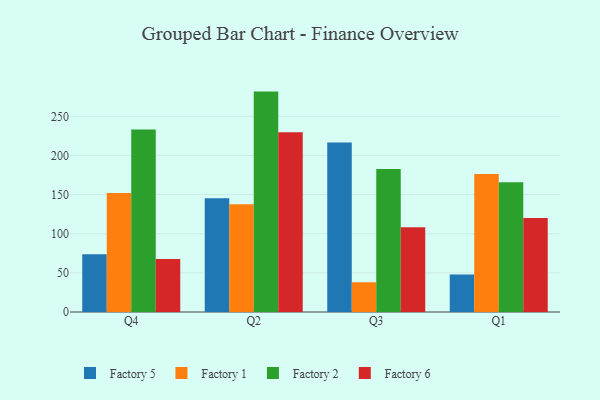
{"axis": {"x": "Quarter", "y": "LTV (USD)"}, "legend": ["Factory 1", "Factory 2", "Factory 5", "Factory 6"], "data": [{"x": "Q4", "y": 73.8, "type": "Factory 5"}, {"x": "Q4", "y": 152.0, "type": "Factory 1"}, {"x": "Q4", "y": 233.3, "type": "Factory 2"}, {"x": "Q4", "y": 67.8, "type": "Factory 6"}, {"x": "Q2", "y": 145.2, "type": "Factory 5"}, {"x": "Q2", "y": 137.8, "type": "Factory 1"}, {"x": "Q2", "y": 281.6, "type": "Factory 2"}, {"x": "Q2", "y": 229.6, "type": "Factory 6"}, {"x": "Q3", "y": 216.7, "type": "Factory 5"}, {"x": "Q3", "y": 38.0, "type": "Factory 1"}, {"x": "Q3", "y": 182.6, "type": "Factory 2"}, {"x": "Q3", "y": 108.3, "type": "Factory 6"}, {"x": "Q1", "y": 48.0, "type": "Factory 5"}, {"x": "Q1", "y": 176.4, "type": "Factory 1"}, {"x": "Q1", "y": 165.7, "type": "Factory 2"}, {"x": "Q1", "y": 120.2, "type": "Factory 6"}]}